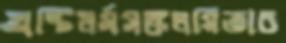
খ্রষ্টিধর্মসঙ্কলয়িতাচ